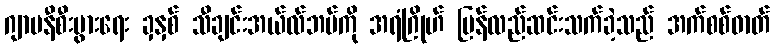
ဂျာမနီစီးပွားရေး ခှနှစ် သီချင်းအယ်လ်ဘမ်ကို အရံဂြိုဟ် ပြန်လည်ဆင်းသက်ခဲ့သည် အက်စစ်ဓာတ်